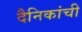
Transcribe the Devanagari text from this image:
दैनिकांची